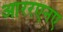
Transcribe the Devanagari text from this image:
आररएनए